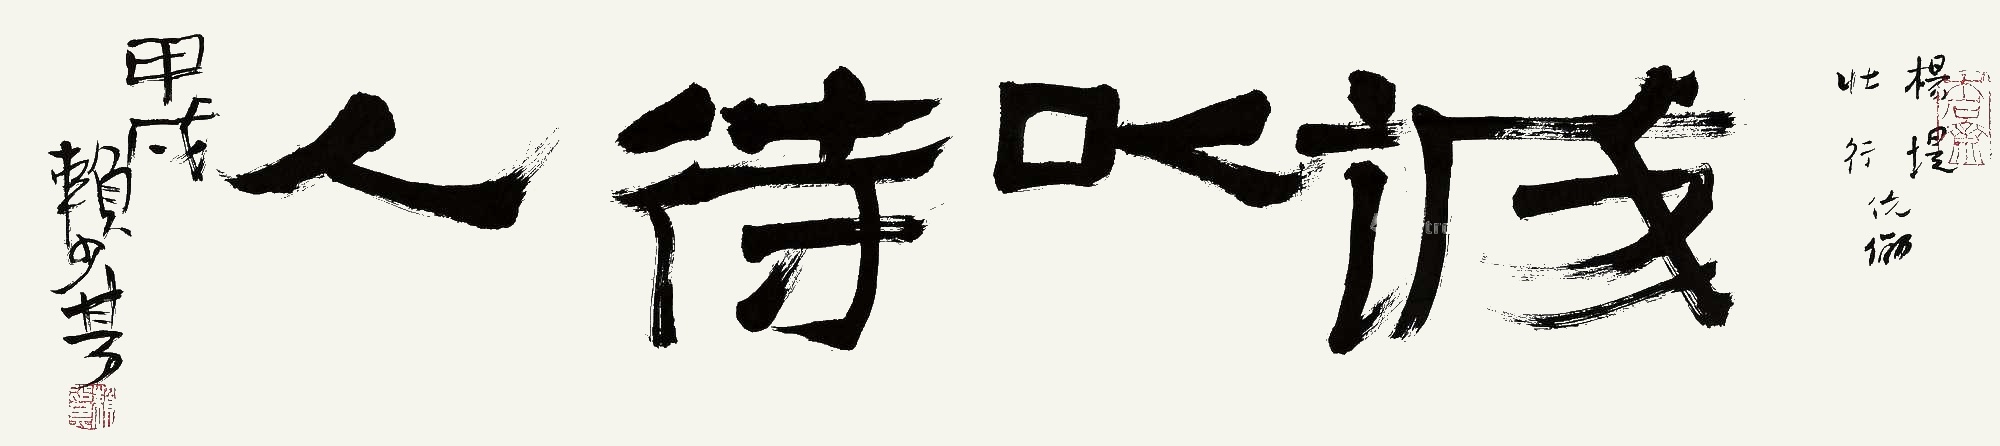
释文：诚以待人。杨堤、壮行伉俪。甲戌，赖少其。